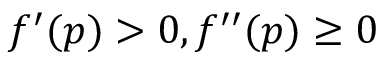
f ^ { \prime } ( p ) > 0 , f ^ { \prime \prime } ( p ) \geq 0